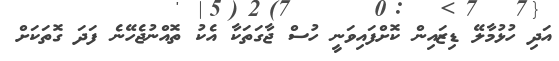
އަދި ހުޅުމާލޭ ޑިޒައިން ކޮށްފައިވަނީ ހުސް ޖާގަތަކާ އެކު ތޮއްނުޖެހޭނެ ފަދަ ގޮތަކަށް